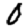
Digit: 0